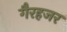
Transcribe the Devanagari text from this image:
गैरहजर